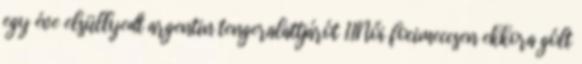
egy éve elsüllyedt argentin tengeralattjárót 11Női focimeccsen ekkora gólt